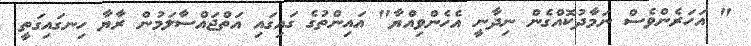
" އަހަރެންވެސް ނަމާދުކޮއްގެން ނިދާނީ އެހެންވިއްޔާ" އައިންތުގެ ގައިގައި އަތްޖައްސާލަމުން ރާޔާ ހިނގައިގަތީ